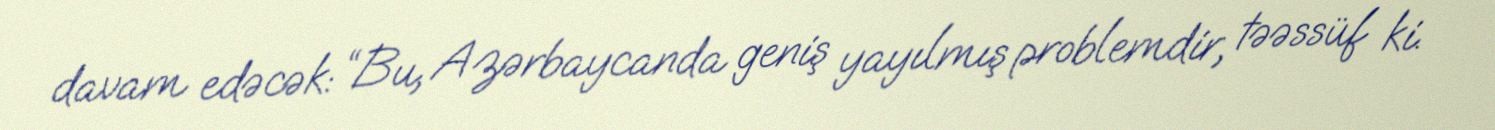
davam edəcək: “Bu, Azərbaycanda geniş yayılmış problemdir, təəssüf ki.